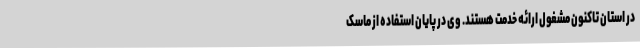
در استان تاکنون مشغول ارائه خدمت هستند. وی در پایان استفاده از ماسک